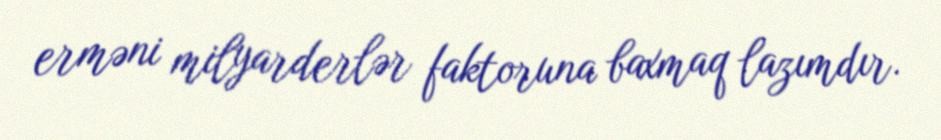
erməni milyarderlər faktoruna baxmaq lazımdır.